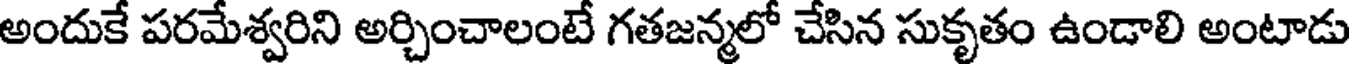
అందుకే పరమేశ్వరిని అర్చించాలంటే గతజన్మలో చేసిన సుకృతం ఉండాలి అంటాడు